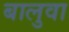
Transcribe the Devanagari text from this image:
बालुवा